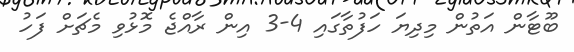
ބޫޓާން އަތުން މިދިޔަ ހަފުތާގައި 4-3 އިން ރާއްޖެ މޮޅުވި މެޗަށް ފަހު